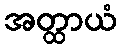
အတ္ထာယံ